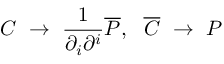
{ \cal C } ~ \to ~ \frac { 1 } { \partial _ { i } \partial ^ { i } } { \overline { { { \cal P } } } } , ~ ~ { \overline { { { \cal C } } } } ~ \to ~ { \cal P }